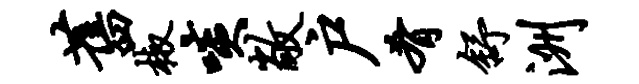
旧椒啖敞户肴舒洲